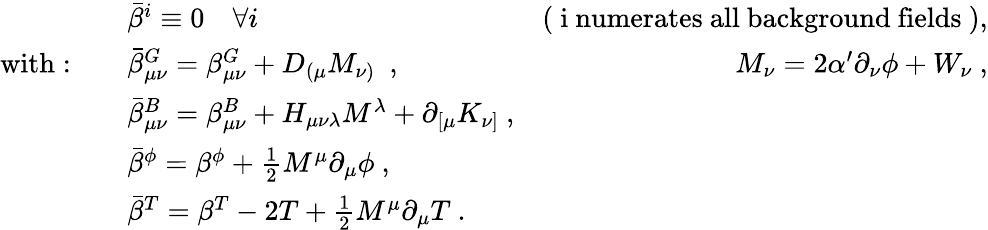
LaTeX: \begin{array}{llr}{{}}&{{\bar{\beta}^{i}\equiv 0~~~~\forall i~~}}&{{\mathrm{(~i~numerates~all~background~fields~)},}}\\ {{\mathrm{with}:\quad}}&{{\bar{\beta}_{\mu\nu}^{G}=\beta_{\mu\nu}^{G}+D_{(\mu}M_{\nu)}~~,~~}}&{{M_{\nu}=2\alpha^{\prime}\partial_{\nu}\phi+W_{\nu}~,}}\\ {{}}&{{\bar{\beta}_{\mu\nu}^{B}=\beta_{\mu\nu}^{B}+H_{\mu\nu\lambda}M^{\lambda}+\partial_{[\mu}K_{\nu]}~,}}\\ {{}}&{{\bar{\beta}^{\phi}=\beta^{\phi}+\frac{1}{2}M^{\mu}\partial_{\mu}\phi~,}}&{{}}\\ {{}}&{{\bar{\beta}^{T}=\beta^{T}-2T+\frac{1}{2}M^{\mu}\partial_{\mu}T~.}}&{{}}\end{array}